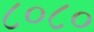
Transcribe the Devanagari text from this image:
८०८०